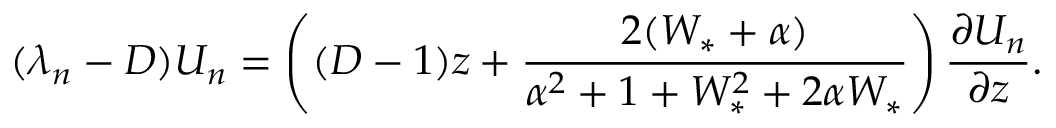
( \lambda _ { n } - D ) U _ { n } = \left( ( D - 1 ) z + \frac { 2 ( W _ { * } + \alpha ) } { \alpha ^ { 2 } + 1 + W _ { * } ^ { 2 } + 2 \alpha W _ { * } } \right) \frac { \partial U _ { n } } { \partial z } .